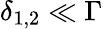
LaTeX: \delta_{1,2}\ll\Gamma